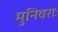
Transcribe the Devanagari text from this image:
मुनिवराः